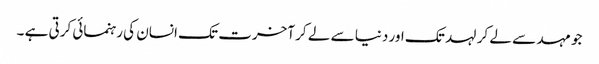
جو مہد سے لے کر لہد تک اور دنیا سے لے کر آخرت تک انسان کی رہنمائی کرتی ہے ۔